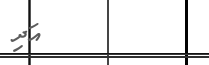
٣٨         އަދި